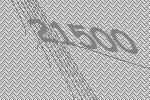
21500